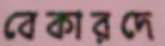
বেকারদে